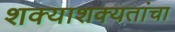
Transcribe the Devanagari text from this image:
शक्याशक्यतांचा